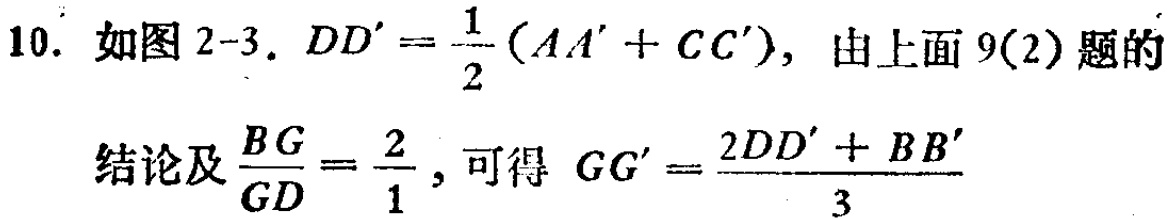
10. 如图2-3. \(DD'=\frac{1}{2}(AA'+CC')\)，由上面9(2)题的
结论及\(\frac{BG}{GD}=\frac{2}{1}\)，可得 \(GG'=\frac{2DD'+BB'}{3}\)